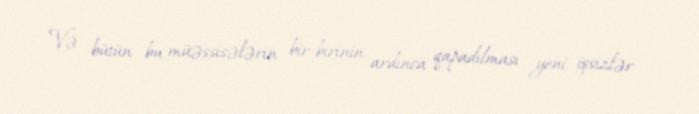
Və bütün bu müəssisələrin bir-birinin ardınca qapadılması yeni işsizlər